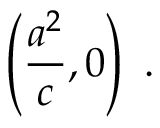
\left( { \frac { a ^ { 2 } } { c } } , 0 \right) \ .